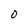
Character: O